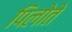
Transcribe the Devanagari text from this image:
पिलोते